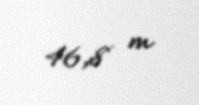
46,8 m